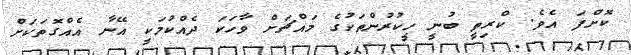
ކޮށްފަ އެވެ. ކްރިތީ ބުނީ ހީކުރުންތަކުގެ މައްޗަށް ވާހަކަ ދެއްކުމަކީ އޭނާ އެއްގޮތަކަށް